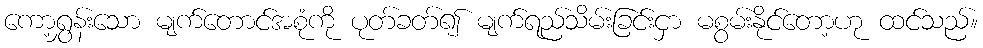
ကော့ရွှန်းသော မျက်တောင်အစုံကို ပုတ်ခတ်၍ မျက်ရည်သိမ်းခြင်းငှာ မစွမ်းနိုင်တော့ဟု ထင်သည်။